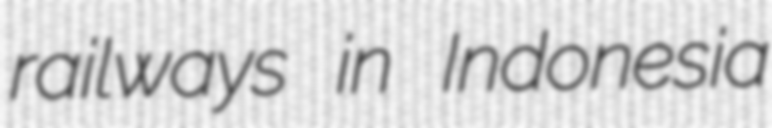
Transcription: railways in Indonesia